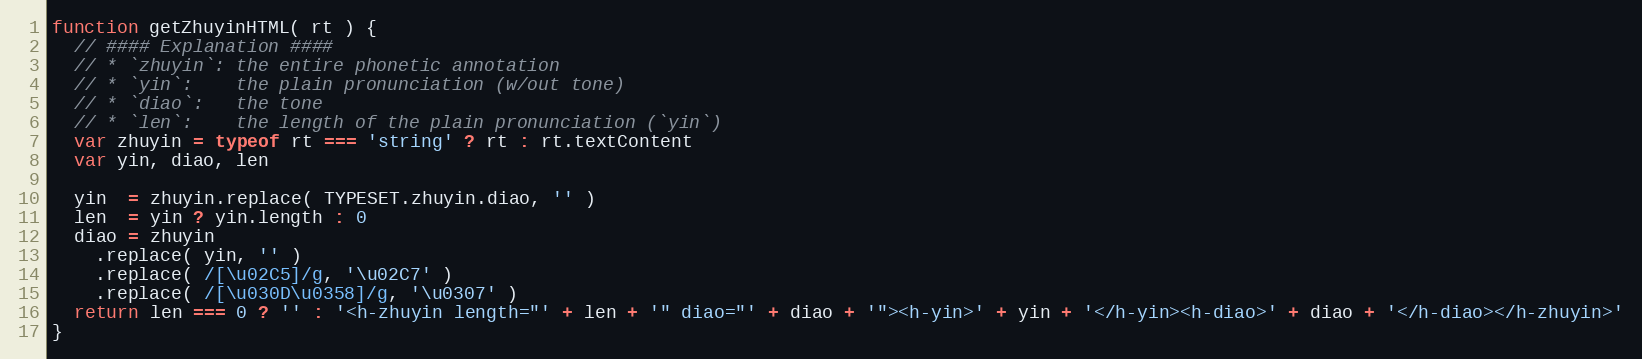
Language: JavaScript
function getZhuyinHTML( rt ) {
  // #### Explanation ####
  // * `zhuyin`: the entire phonetic annotation
  // * `yin`:    the plain pronunciation (w/out tone)
  // * `diao`:   the tone
  // * `len`:    the length of the plain pronunciation (`yin`)
  var zhuyin = typeof rt === 'string' ? rt : rt.textContent
  var yin, diao, len

  yin  = zhuyin.replace( TYPESET.zhuyin.diao, '' )
  len  = yin ? yin.length : 0
  diao = zhuyin
    .replace( yin, '' )
    .replace( /[\u02C5]/g, '\u02C7' )
    .replace( /[\u030D\u0358]/g, '\u0307' )
  return len === 0 ? '' : '<h-zhuyin length="' + len + '" diao="' + diao + '"><h-yin>' + yin + '</h-yin><h-diao>' + diao + '</h-diao></h-zhuyin>'
}